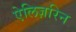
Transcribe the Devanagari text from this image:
ऐलिज़रिन